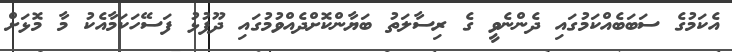
އެކަމުގެ ސަބަބެއްކަމުގައި ދެންނެވީ ގެ ރިސާލަތު ބަޔާންކޮށްދެއްވުމުގައި ދޫފުޅު ފަސޭހަކަމާއެކު މާ މޮޅަށް